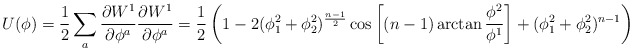
\begin{align*}U(\phi)=\frac{1}{2} \sum_a \frac{\partial W^1}{\partial\phi^a} \frac{\partial W^1}{\partial \phi^a} =\frac{1}{2}\left(1- 2(\phi_1^2+ \phi_2^2)^{\frac{n-1}{2}} \cos \left[ (n-1) \arctan\frac{\phi^2}{\phi^1}\right] + (\phi_1^2 +\phi_2^2)^{n-1}\right)\end{align*}